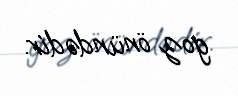
goz önündədir.